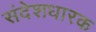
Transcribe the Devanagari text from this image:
संदेशधारक